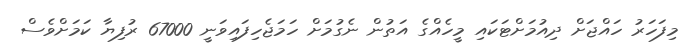
މިފަހަރު ހައްޖަށް ދިއުމަށްޓަކައި މީހެއްގެ އަތުން ނެގުމަށް ހަމަޖެހިފައިވަނީ 67000 ރުފިޔާ ކަމަށްވެސް